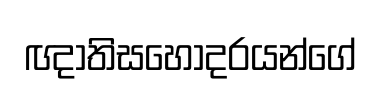
ඥාතිසහෝදරයන්ගේ